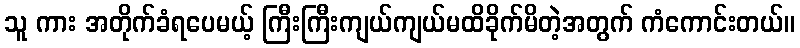
သူ ကား အတိုက်ခံရပေမယ့် ကြီးကြီးကျယ်ကျယ်မထိခိုက်မိတဲ့အတွက် ကံကောင်းတယ်။